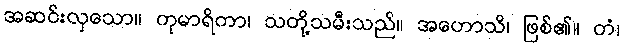
အဆင်းလှသော။ ကုမာရိကာ၊ သတို့သမီးသည်။ အဟောသိ၊ ဖြစ်၏။ တံ၊